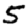
Digit: 5